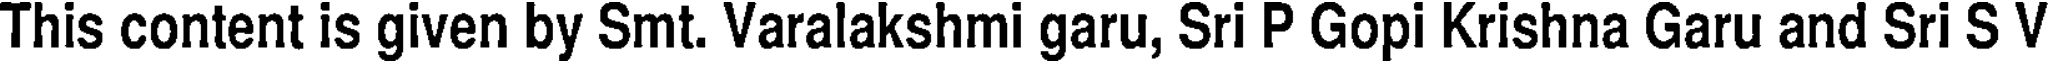
This content is given by Smt. Varalakshmi garu, Sri P Gopi Krishna Garu and Sri S V